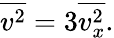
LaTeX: {\overline{{v^{2}}}}=3{\overline{{v_{x}^{2}}}}.